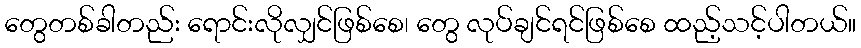
တွေတစ်ခါတည်း ရောင်းလိုလျှင်ဖြစ်စေ၊ တွေ လုပ်ချင်ရင်ဖြစ်စေ ထည့်သင့်ပါတယ်။